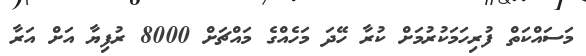
މަސައްކަތް ފުރިހަމަކުރުމަށް ކުރާ ހޭދަ މަހެއްގެ މައްޗަށް 8000 ރުފިޔާ އަށް އަރާ